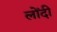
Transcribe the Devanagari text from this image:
लोंदी